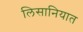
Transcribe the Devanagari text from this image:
लिसानियात